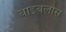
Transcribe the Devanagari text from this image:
बाइबलोस